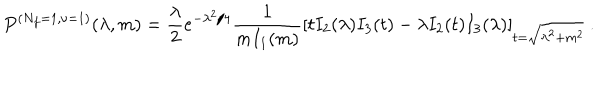
LaTeX: P ^ { ( N _ { f } = 1 , \nu = 1 ) } ( \lambda , m ) = \frac { \lambda } { 2 } e ^ { - \lambda ^ { 2 } / 4 } \frac { 1 } { m I _ { 1 } ( m ) } \left[ t I _ { 2 } ( \lambda ) I _ { 3 } ( t ) - \lambda I _ { 2 } ( t ) I _ { 3 } ( \lambda ) \right] _ { t = \sqrt { \lambda ^ { 2 } + m ^ { 2 } } } \: .